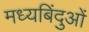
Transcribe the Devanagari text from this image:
मध्यबिंदुओं